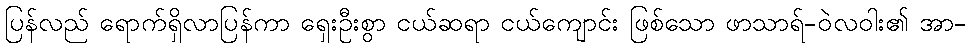
ပြန်လည် ရောက်ရှိလာပြန်ကာ ရှေးဦးစွာ ငယ်ဆရာ ငယ်ကျောင်း ဖြစ်သော ဖာသာရ်-ဝဲလဝါး၏ အာ-